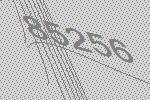
85256